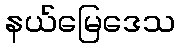
နယ်မြေဒေသ